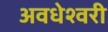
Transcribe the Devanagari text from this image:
अवधेश्वरी